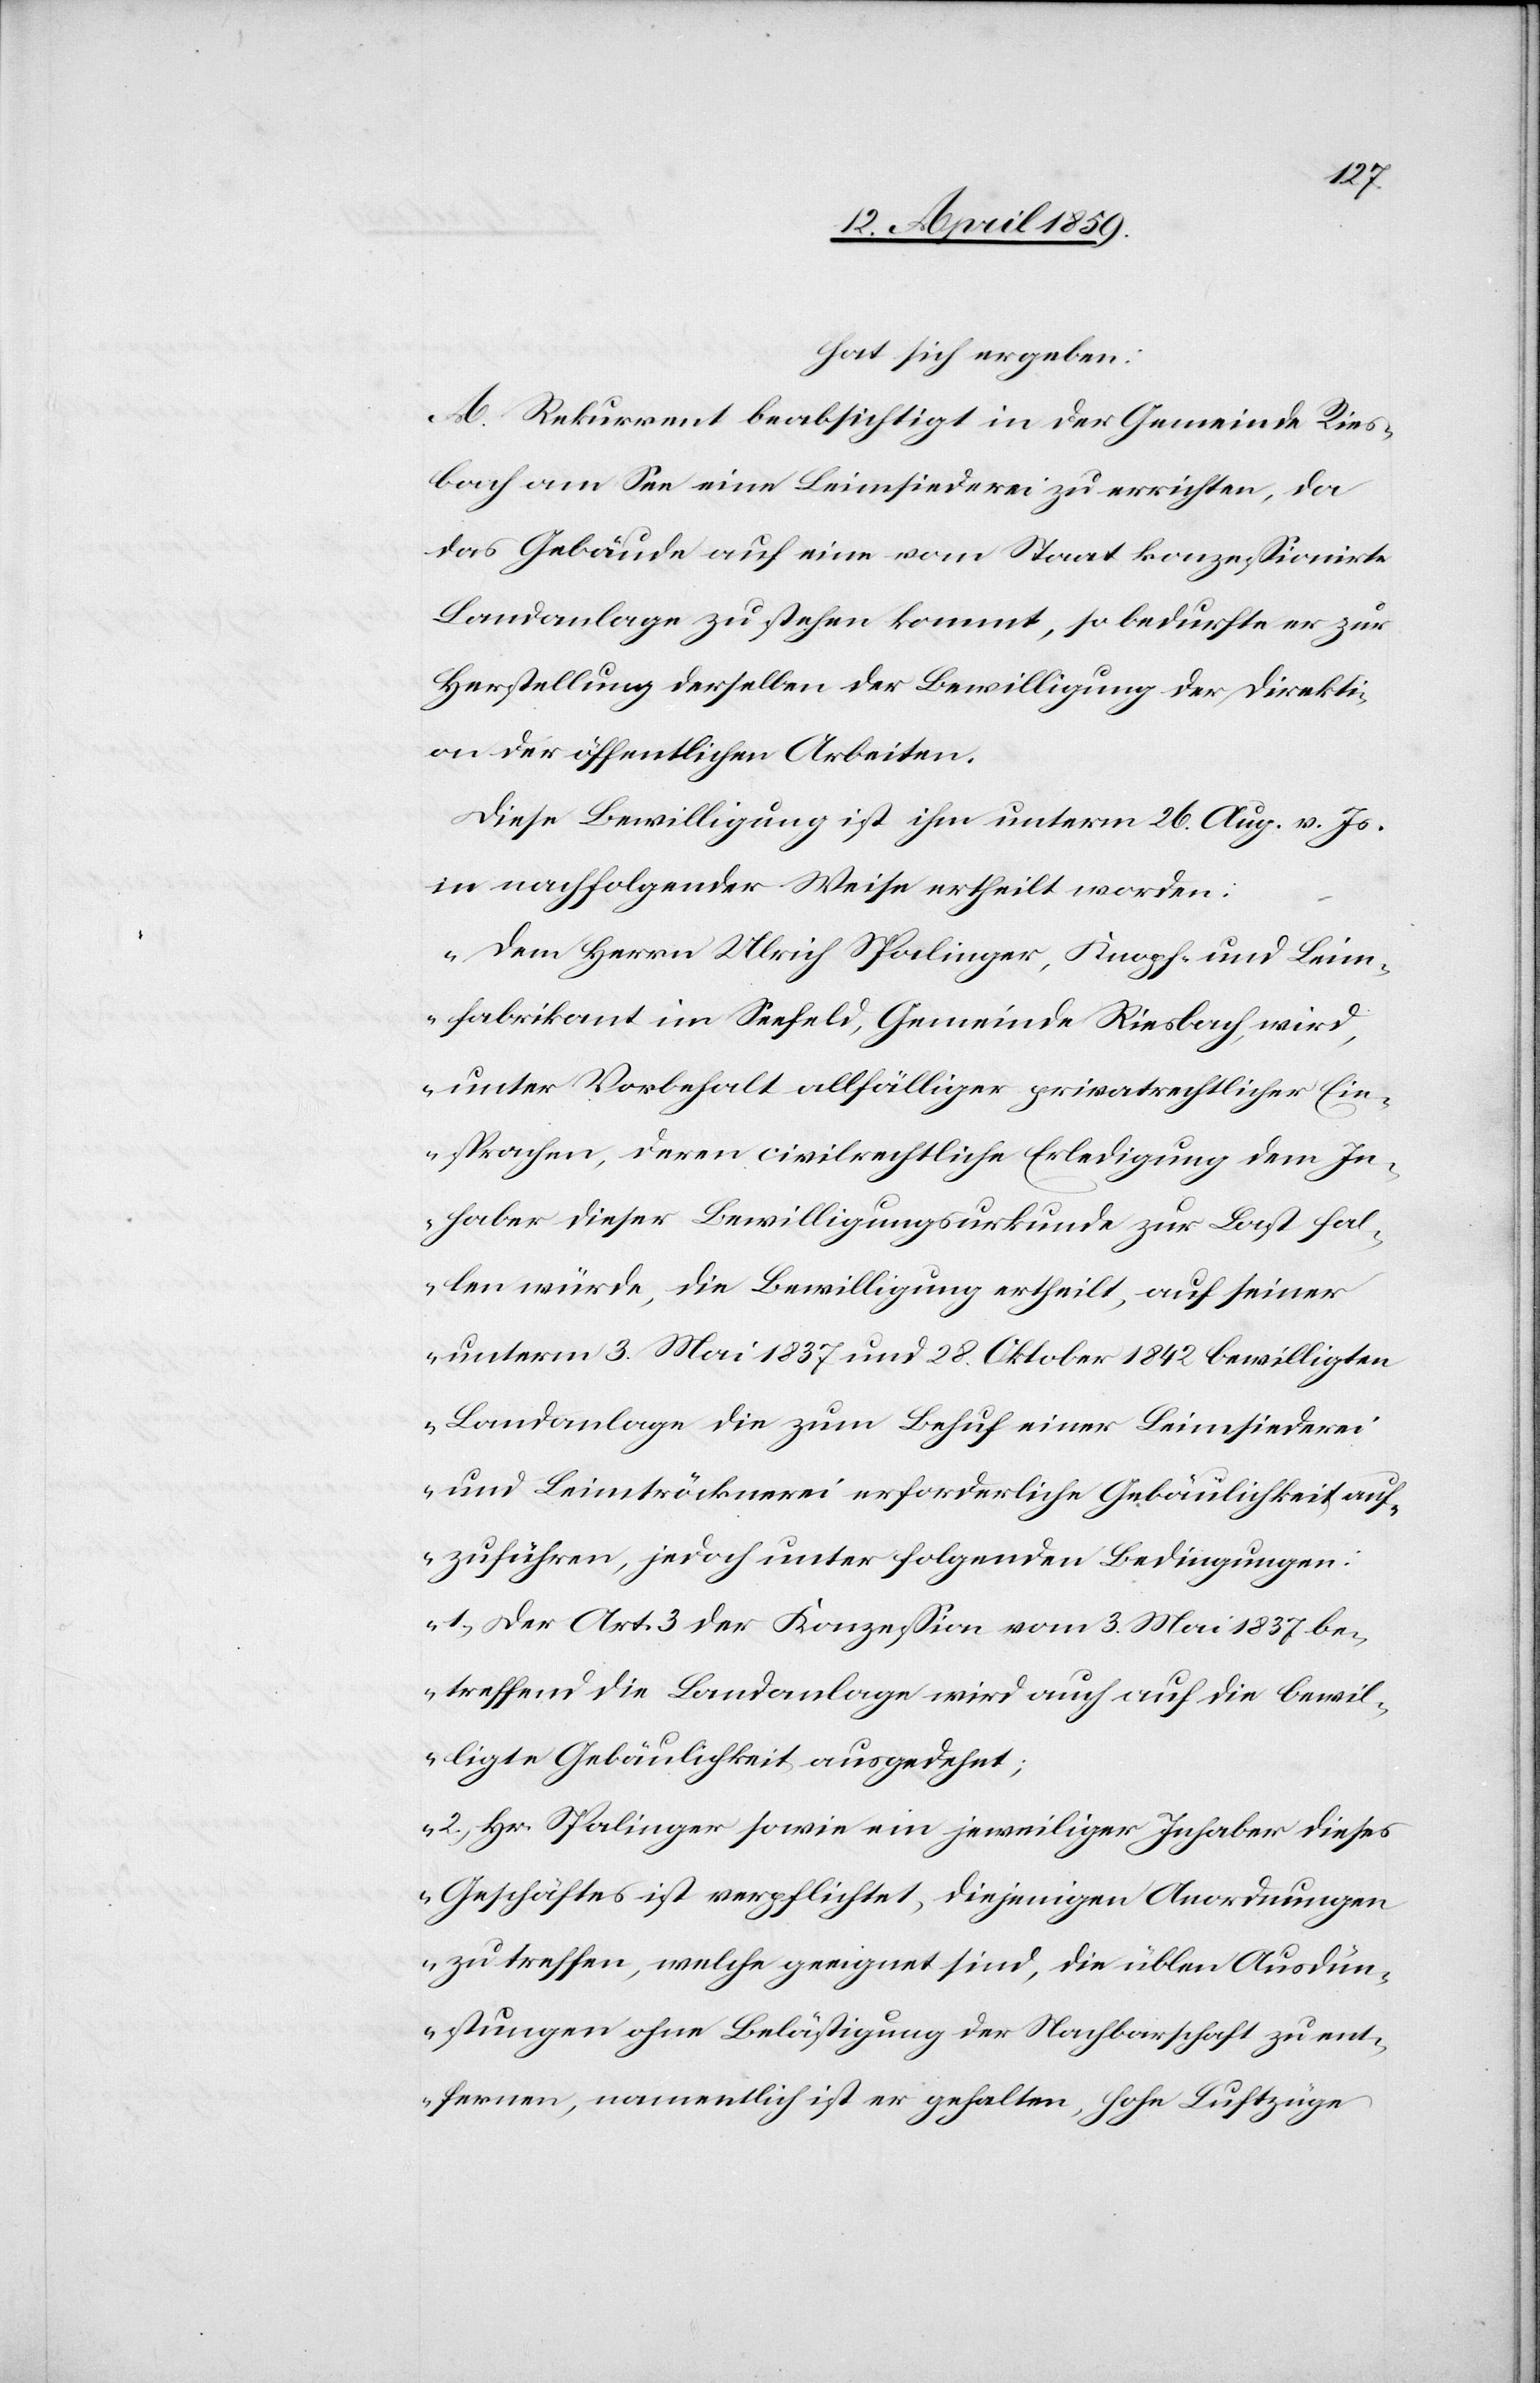
hat sich ergeben:
A. Rekurrent beabsichtigt in der Gemeinde Ries¬
bach am See eine Leimsiederei zu errichten, da
das Gebäude auf eine vom Staat konzeßionirte
Landanlage zu stehen kommt, so bedurfte er zur
Herstellung derselben der Bewilligung der Direkti¬
on der öffentlichen Arbeiten.
Diese Bewilligung ist ihm unterm 26. Aug. v. Js.
in nachfolgender Weise ertheilt worden:
„Dem Herrn Ulrich Spalinger, Knopf- und Leim¬
fabrikant im Seefeld, Gemeinde Riesbach, wird,
unter Vorbehalt allfälliger privatrechtlicher Ein¬
sprachen, deren civilrechtliche Erledigung dem In¬
haber dieser Bewilligungsurkunde zur Last fal¬
len würde, die Bewilligung ertheilt, auf seiner
unterm 3. Mai 1837 und 28. Oktober 1842 bewilligten
Landanlage die zum Behuf einer Leimsiederei
und Leimtröcknerei erforderliche Gebäulichkeit auf¬
zuführen, jedoch unter folgenden Bedingungen:
1) Der Art. 3 der Konzeßion vom 3. Mai 1837 be¬
treffend die Landanlage wird auch auf die bewil¬
ligte Gebäulichkeit ausgedehnt;
2) Hr. Spalinger sowie ein jeweiliger Inhaber dieses
Geschäftes ist verpflichtet, diejenigen Anordnungen
zu treffen, welche geeignet sind, die üblen Ausdün¬
stungen ohne Belästigung der Nachbarschaft zu ent¬
fernen, namentlich ist er gehalten, hohe Luftzüge